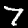
Digit: 7